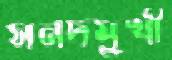
সনদমুখী